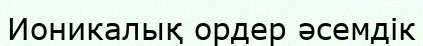
Ионикалық ордер әсемдік